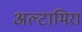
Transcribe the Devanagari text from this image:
अल्टामिरा